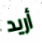
أريد